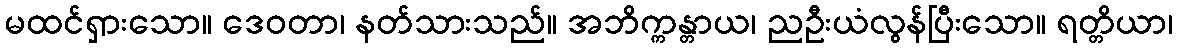
မထင်ရှားသော။ ဒေဝတာ၊ နတ်သားသည်။ အဘိက္ကန္တာယ၊ ညဦးယံလွန်ပြီးသော။ ရတ္တိယာ၊